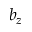
b _ { z }